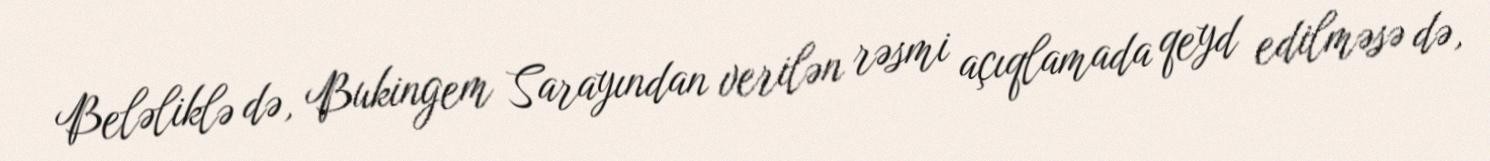
Beləliklə də, Bukingem Sarayından verilən rəsmi açıqlamada qeyd edilməsə də,